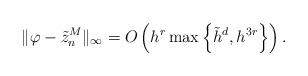
LaTeX: \begin{align*}\| \varphi - \tilde{z}_n^M \|_\infty= O \left ( h^r \max \left \{ \tilde{h}^d, h^{ 3 r} \right \} \right ).\end{align*}